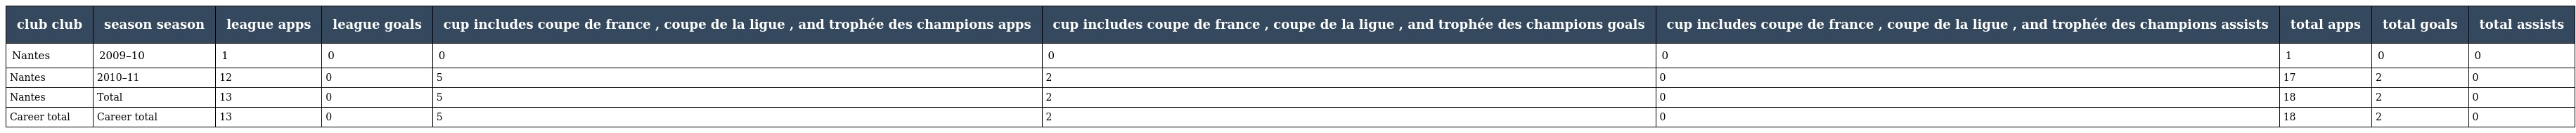
| club club | season season | league apps | league goals | cup includes coupe de france , coupe de la ligue , and trophée des champions apps | cup includes coupe de france , coupe de la ligue , and trophée des champions goals | cup includes coupe de france , coupe de la ligue , and trophée des champions assists | total apps | total goals | total assists |
 | --- | --- | --- | --- | --- | --- | --- | --- | --- | --- |
 | Nantes | 2009–10 | 1 | 0 | 0 | 0 | 0 | 1 | 0 | 0 |
 | Nantes | 2010–11 | 12 | 0 | 5 | 2 | 0 | 17 | 2 | 0 |
 | Nantes | Total | 13 | 0 | 5 | 2 | 0 | 18 | 2 | 0 |
 | Career total | Career total | 13 | 0 | 5 | 2 | 0 | 18 | 2 | 0 |